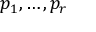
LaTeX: p _ { 1 } , \ldots , p _ { r }